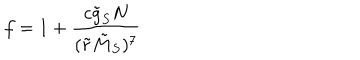
f = 1 + { \frac { c \tilde { g } _ { S } N } { ( \tilde { r } \tilde { M } _ { S } ) ^ { 7 } } }